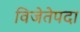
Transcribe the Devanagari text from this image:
विजेतेपदा